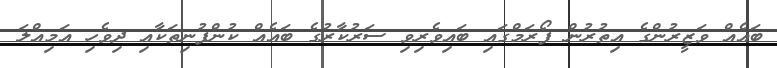
ބައެއް ވަޒީރުންގެ އިތުރުން ފޯރަމްގައި ބައިވެރިވި ސަރުކާރުގެ ބައެއް ކުންފުނިތަކާއި ދިވެހި އަމިއްލަ